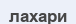
лахари